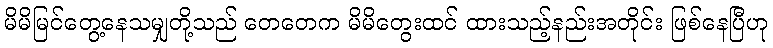
မိမိမြင်တွေ့နေသမျှတို့သည် တေတေက မိမိတွေးထင် ထားသည့်နည်းအတိုင်း ဖြစ်နေပြီဟု